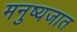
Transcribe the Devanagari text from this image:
मनुष्यजात